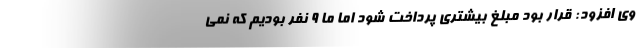
وی افزود: قرار بود مبلغ بیشتری پرداخت شود اما ما ۹ نفر بودیم که نمی